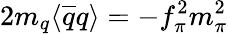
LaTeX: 2m_{q}\langle\overline{{{q}}}q\rangle=-f_{\pi}^{2}m_{\pi}^{2}